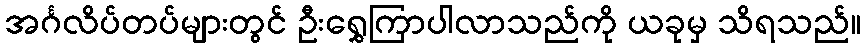
အင်္ဂလိပ်တပ်များတွင် ဦးရွှေကြာပါလာသည်ကို ယခုမှ သိရသည်။